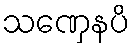
သဏှေနပိ